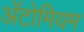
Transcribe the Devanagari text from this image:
अॅटोमियम